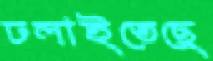
ঢলাইতেছে